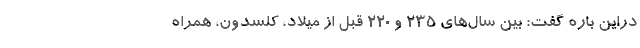
دراین باره گفت: بین سال‌های ۲۳۵ و ۲۲۰ قبل از میلاد، کلسدون، همراه